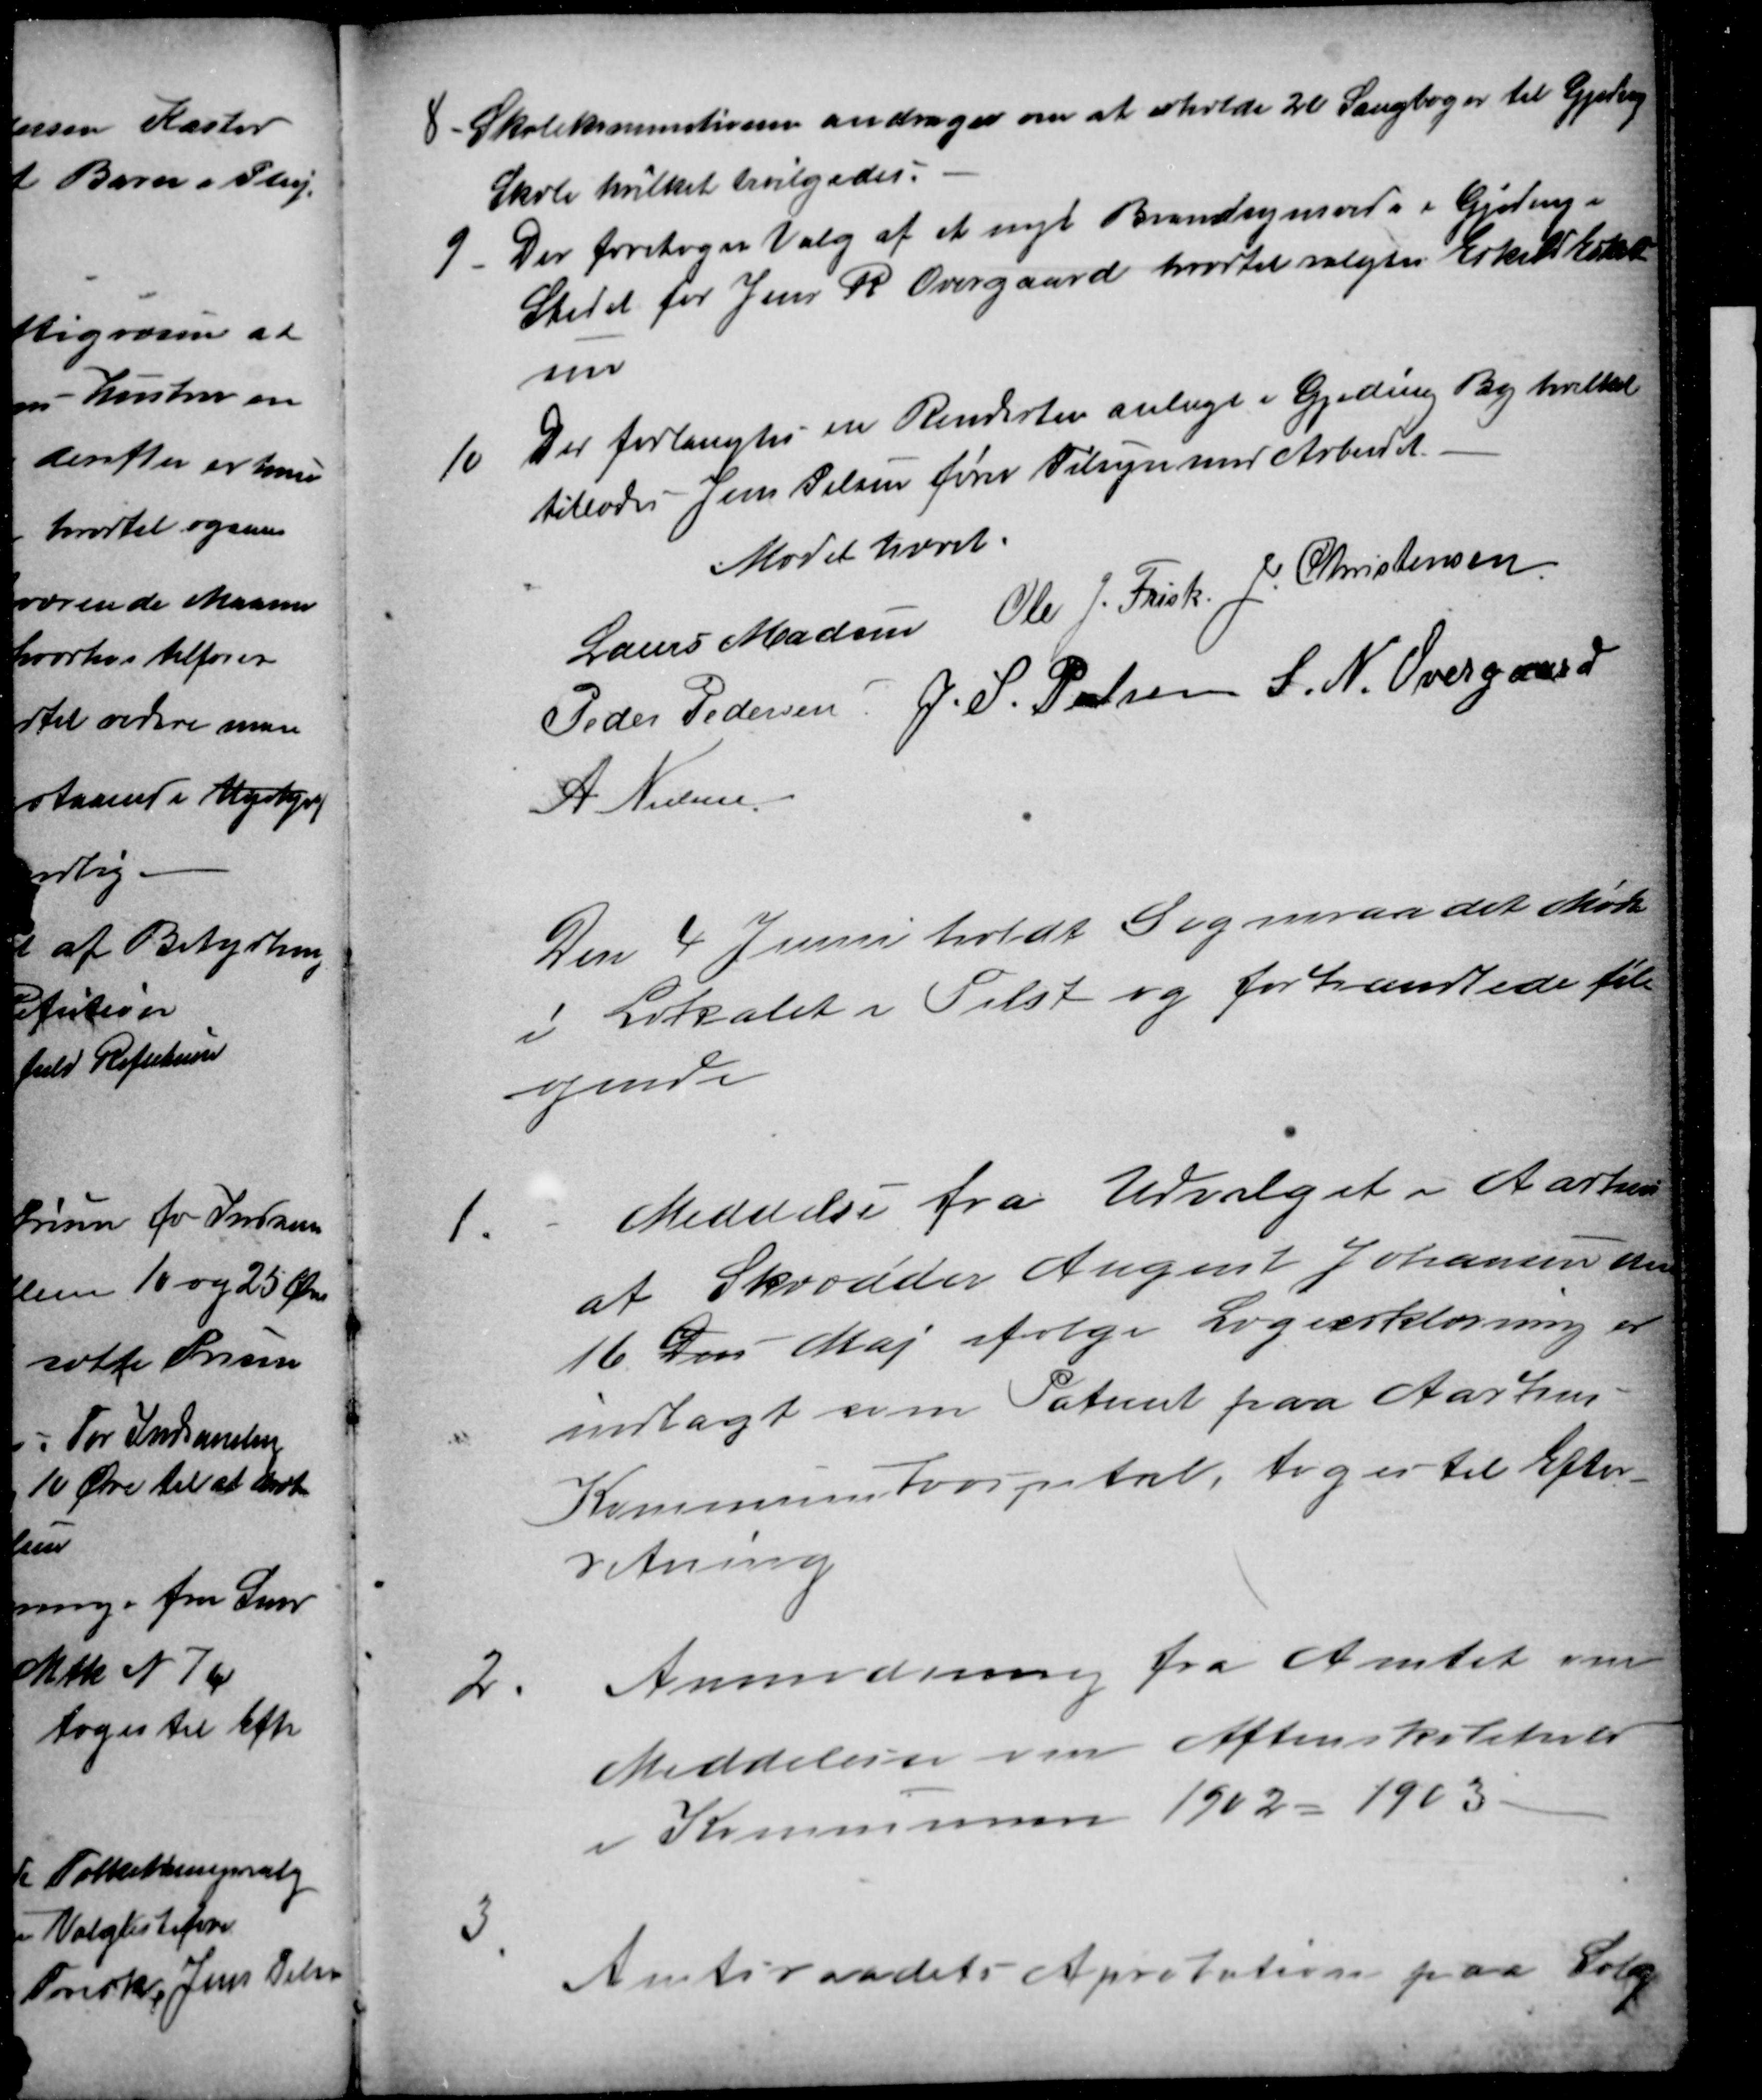
Transskription:
8
Skolekommitionen andrager om at erholde 20 Sangbøger til Gjeding
Skole hvilket bevilgedes.
9
Der foretoges Valg af et nyt Brandsynsvidne i Gjeding i
Stedet for Jens R Overgaard, hvortil valgtes Eskild Eskild-
sen
10
Der forlangtes en Rendesten anlagt i Gjeding By hvilket
tillodes Jens Pelsen fører Tilsyn med Arbeidet.
Mødet hævet.
Laurs Madsen
Ole J. Frisk
J. Christensen
Peder Pedersen
J. S. Pelsen S. N. Overgaard
A Nielsen
Den 4 Junii holdt Sogneraadet Møde
i Lokalet i Tilst og forhandlede føl-
gende
1.
Meddelse fra Udvalget i Aarhus
at Skrædder August Johansen den
16 Den Maj ifølge Lægeerklæring er
indlagt som Patient paa Aarhus
Kommunehospital, toges til Efter-
retning
2.
Anmodning fra Amtet om
Meddelelse om Aftenskoletider
i Kommunen 1902 = 1903.
3
Amtsraadets Aprobation paa Salg